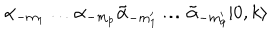
\alpha _ { - m _ { 1 } } \ldots \alpha _ { - m _ { p } } \tilde { \alpha } _ { - m _ { 1 } ^ { \prime } } \ldots \tilde { \alpha } _ { - m _ { q } ^ { \prime } } | 0 , k \rangle